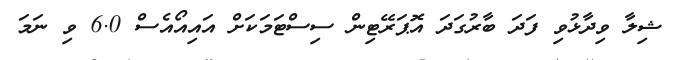
ޝިލާ ވިދާޅުވި ފަދަ ބާރުގަދަ އޮޕަރޭޓިން ސިސްޓަމަކަށް އައިއޯއެސް 6.0 ވި ނަމަ